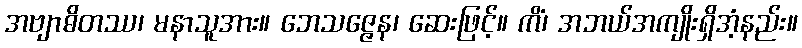
အဗျာဓိတဿ၊ မနာသူအား။ ဘေသဇ္ဇေန၊ ဆေးဖြင့်။ ကိံ၊ အဘယ်အကျိုးရှိအံ့နည်း။